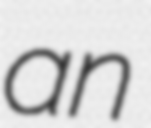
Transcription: an